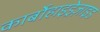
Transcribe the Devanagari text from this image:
कार्बोहाइड्रेज़ाइड